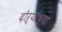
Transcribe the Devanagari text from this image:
दोऱ्यांच्या